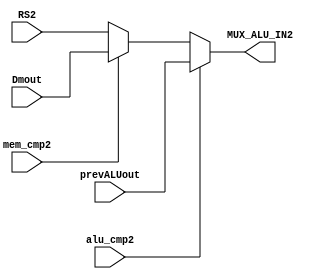
module muxh_rs2(alu_cmp2,mem_cmp2,RS2,Dmout,prevALUout,MUX_ALU_IN2);
input [31:0]Dmout;
input [31:0] prevALUout;
input [31:0]RS2;
input alu_cmp2,mem_cmp2;
output [31:0] MUX_ALU_IN2;
reg [31:0]MUX_ALU_IN2;

always@(*)
begin
if(alu_cmp2==1)
MUX_ALU_IN2=prevALUout;
else if(mem_cmp2==1)
MUX_ALU_IN2=Dmout;
else
MUX_ALU_IN2=RS2;
end
endmodule